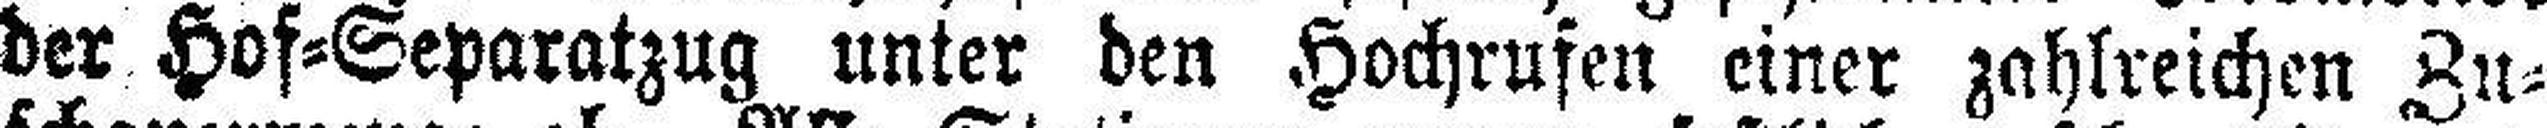
der Hof=Separatzug unter den Hochrufen einer zahlreichen Zu¬